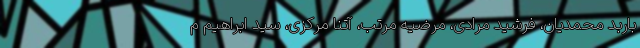
باربد محمدیان، فرشید مرادی، مرضیه مرتب، آتنا مرکزی، سید ابراهیم م